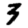
Digit: 3